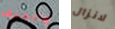
والعنف لانزال